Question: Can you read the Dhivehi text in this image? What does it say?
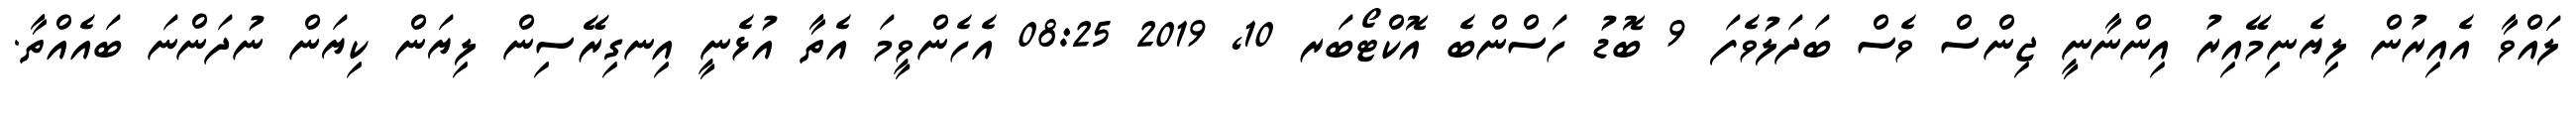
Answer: ލައްވާ އެއިރުން ލިޔެނިމޭއިރު އިންނާނީ ޖިންސް ވެސް ބަދަލުވެފަ 9 ބޮޑު ހަސްންބެ އޮކްޓޯބަރ 10, 2019 08:25 އެހެންވީމަ އެތާ އުޅެނީ އިނގިރޭސިން ލިޔަން ކިޔަން ނުދަންނަ ބައެއްތާ.